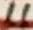
Text: 11